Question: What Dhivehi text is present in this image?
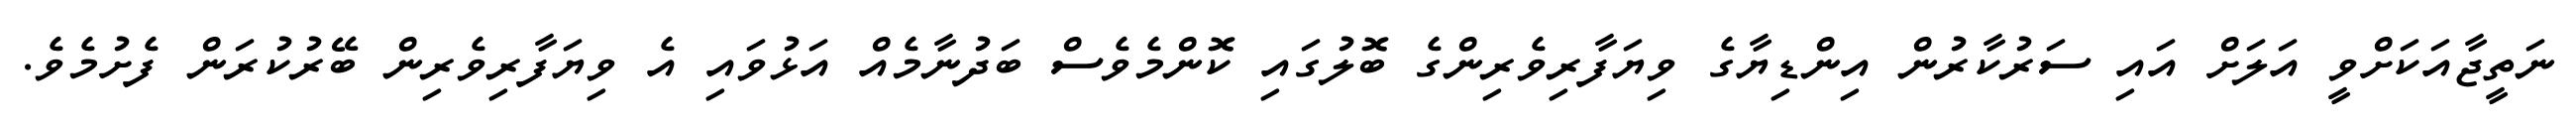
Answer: ނަތީޖާއަކަށްވީ އަލަށް އައި ސަރުކާރުން އިންޑިޔާގެ ވިޔަފާރިވެރިންގެ ބޮލުގައި ކޮންމެވެސް ބަދުނާމެއް އަޅުވައި އެ ވިޔަފާރިވެރިން ބޭރުކުރަން ފެށުމެވެ.